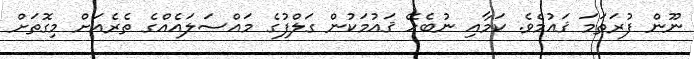
ނޫން ފުރަތަމަ ޤައުމެވެ. ކަމާއި ނުބެހޭ ޤައުމަކުން ގަލްފުގެ މައްސަލައެއްގެ ތެރެއަށް މިގޮތަށް